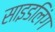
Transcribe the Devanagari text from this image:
साइडलिंग